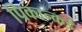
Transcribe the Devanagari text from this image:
पिकान्कडे